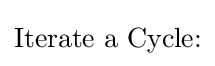
{\text{Iterate a Cycle:}}